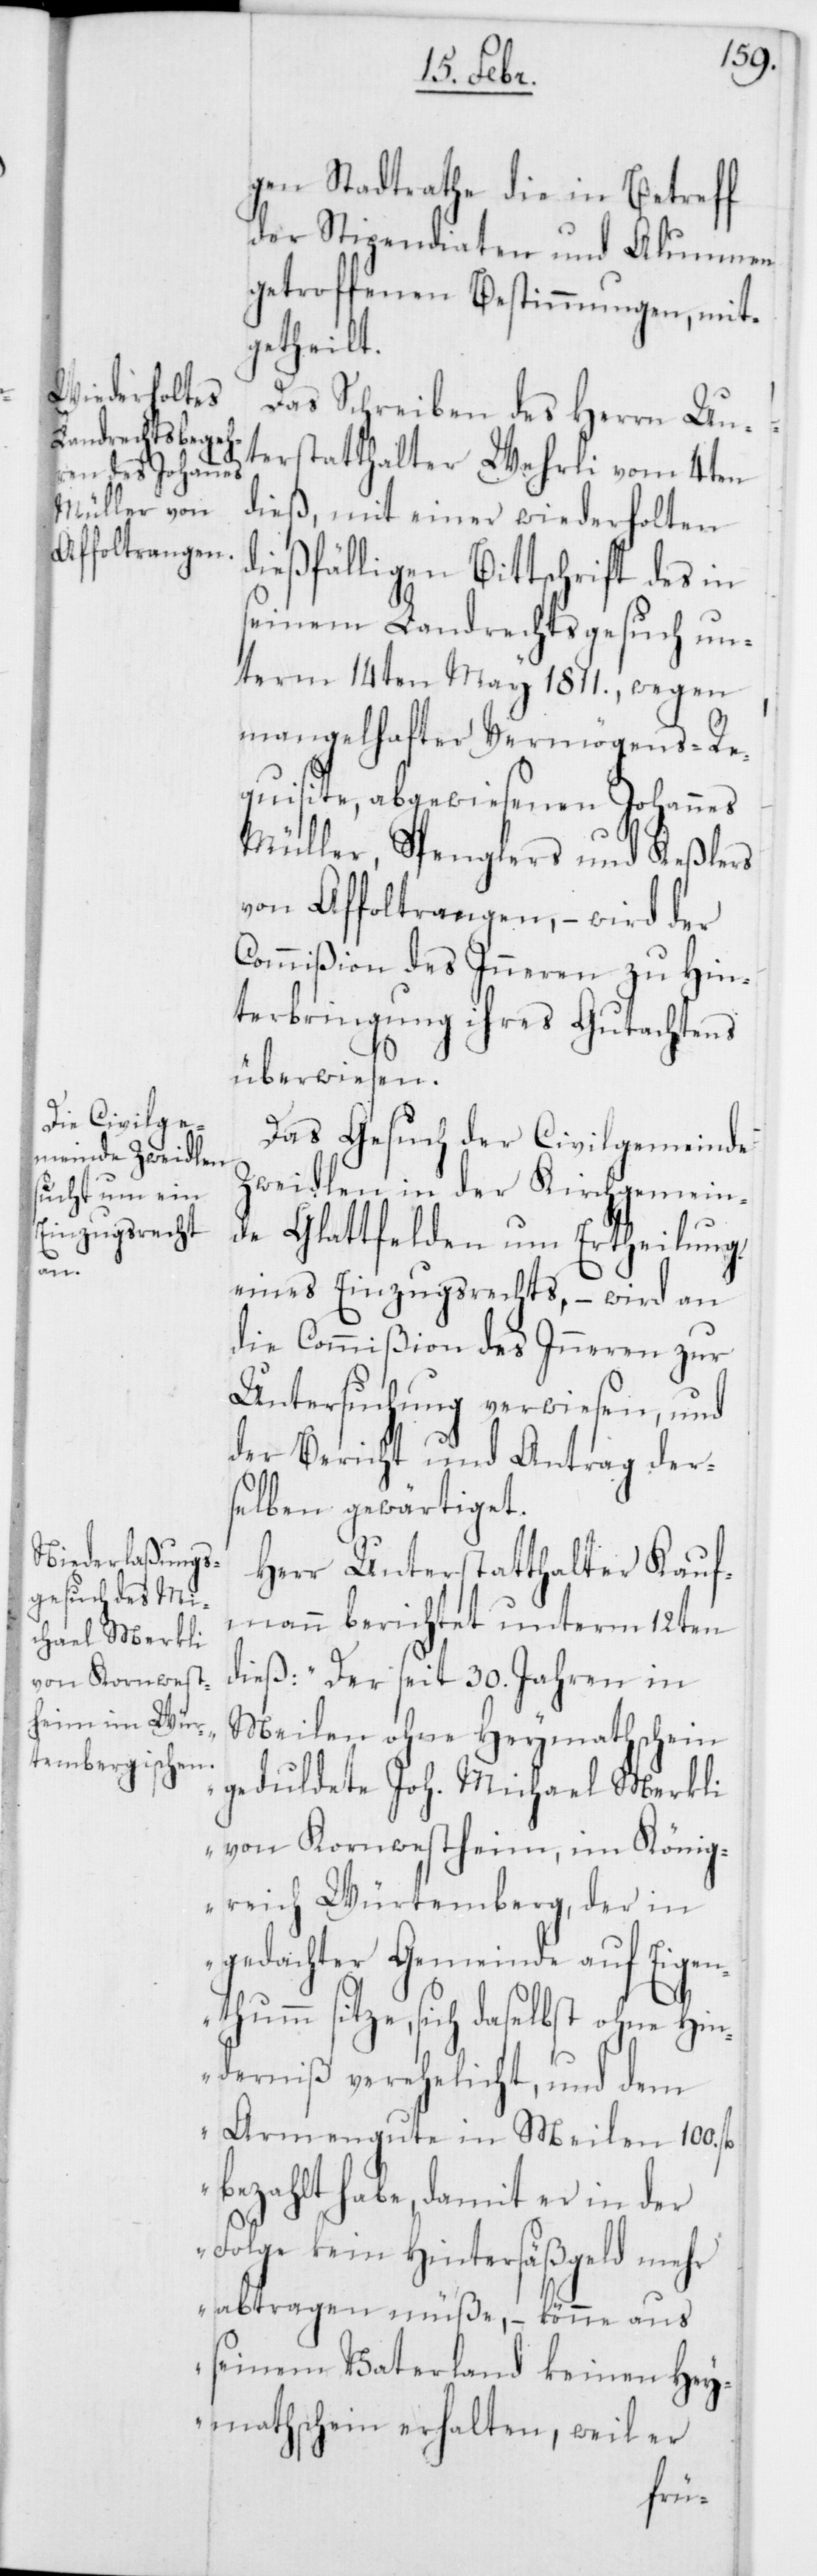
gen Stadtrathe die in Betreff
der Stipendiaten und Alumnen
getroffenen Bestimmungen, mit¬
getheilt.
Das Schreiben des Herrn Un¬
terstatthalter Wehrli vom 4ten
dieß, mit einer wiederholten
ießfälligen Bittschrift des in
seinem Landrechtsgesuch un¬
term 14ten May 1811., wegen
mangelhafter Vermögens-Re¬
quisite, abgewiesenen Johannes
Müller, Spenglers und Keßlers
von Affeltrangen, – wird der
Commißion des Inneren zu Hin¬
terbringung ihres Gutachtens
überwiesen.
Das Gesuch der Civilgemeinde
Zweidlen in der Kirchgemein¬
de Glattfelden um Ertheilung
Mi¬
eines Einzugsrechts, – wird an
die Commißion des Inneren zur
Untersuchung verwiesen, und
der Bericht und Antrag ders¬
elben gewärtiget.
Herr Unterstatthalter Kauf¬
mann berichtet unterm 12ten
chael Merkli
dieß: „Der seit 30. Jahren in
Meilen ohne Heymathschein
von Kornwestheim, im König¬
reich Würtemberg, der in
gedachter Gemeinde auf Eigen¬
thumm sitze, sich daselbst ohne Hi¬
nderniß verehelicht, und dem
Armengute in Meilen 100. fl.
bezahlt habe, damit er in der
Folge kein Hintersäßgeld mehr
abtragen müße, – könne aus
seinem Vaterland keinen Hey¬
mathschein erhalten, weil er